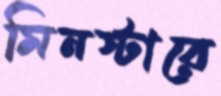
মিনস্টারে